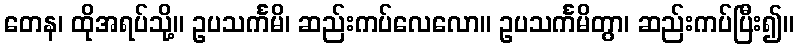
တေန၊ ထိုအရပ်သို့။ ဥပသင်္ကမိ၊ ဆည်းကပ်လေလော။ ဥပသင်္ကမိတွာ၊ ဆည်းကပ်ပြီး၍။